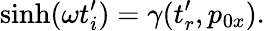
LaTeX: \sinh(\omega t_{i}^{\prime})=\gamma(t_{r}^{\prime},p_{0x}).